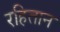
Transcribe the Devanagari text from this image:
रहितान